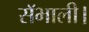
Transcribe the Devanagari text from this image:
सॅभाली।